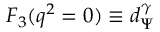
F _ { 3 } ( q ^ { 2 } = 0 ) \equiv d _ { \Psi } ^ { \gamma }